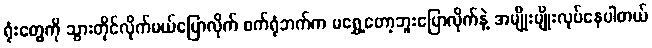
ရုံးတွေကို သွားတိုင်လိုက်မယ်ပြောလိုက် စက်ရုံဘက်က မရွှေ့တော့ဘူးပြောလိုက်နဲ့ အမျိုးမျိုးလုပ်နေပါတယ်